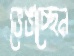
ভেঙাচ্ছেন